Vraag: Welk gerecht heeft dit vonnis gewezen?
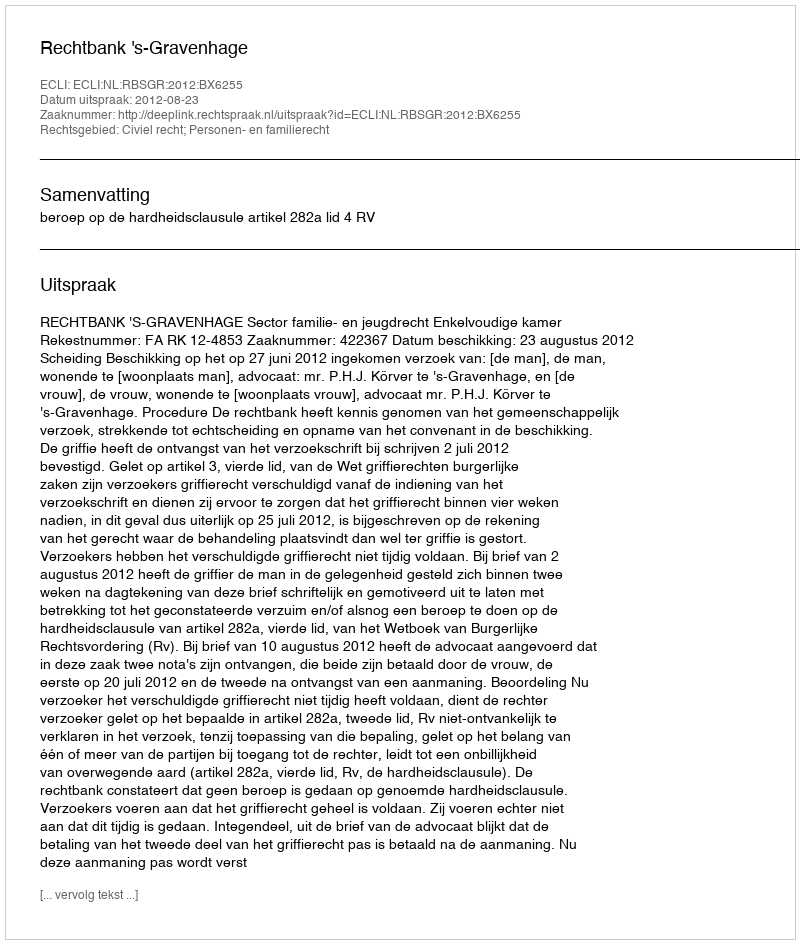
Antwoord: Rechtbank 's-Gravenhage